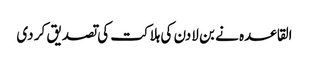
القاعدہ نے بن لادن کی ہلاکت کی تصدیق کر دی